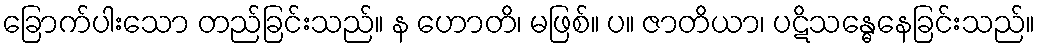
ခြောက်ပါးသော တည်ခြင်းသည်။ န ဟောတိ၊ မဖြစ်။ ပ။ ဇာတိယာ၊ ပဋိသန္ဓေနေခြင်းသည်။